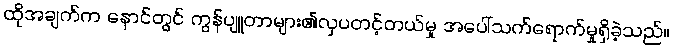
ထိုအချက်က နောင်တွင် ကွန်ပျူတာများ၏လှပတင့်တယ်မှု အပေါ်သက်ရောက်မှုရှိခဲ့သည်။